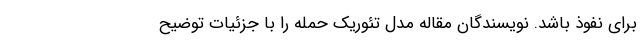
برای نفوذ باشد. نویسندگان مقاله مدل تئوریک حمله را با جزئیات توضیح